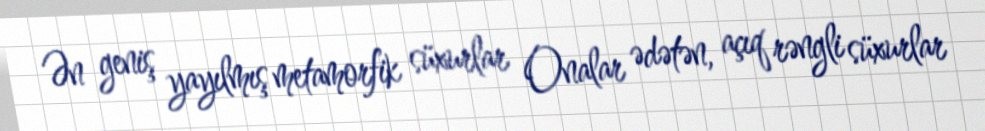
Ən geniş yayılmış metamorfik süxurlar Onalar ədətən, açıq rəngli süxurlar